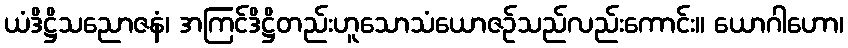
ယံဒိဋ္ဌိသညောဇနံ၊ အကြင်ဒိဋ္ဌိတည်းဟူသောသံယောဇဉ်သည်လည်းကောင်း။ ယောဂါဟော၊